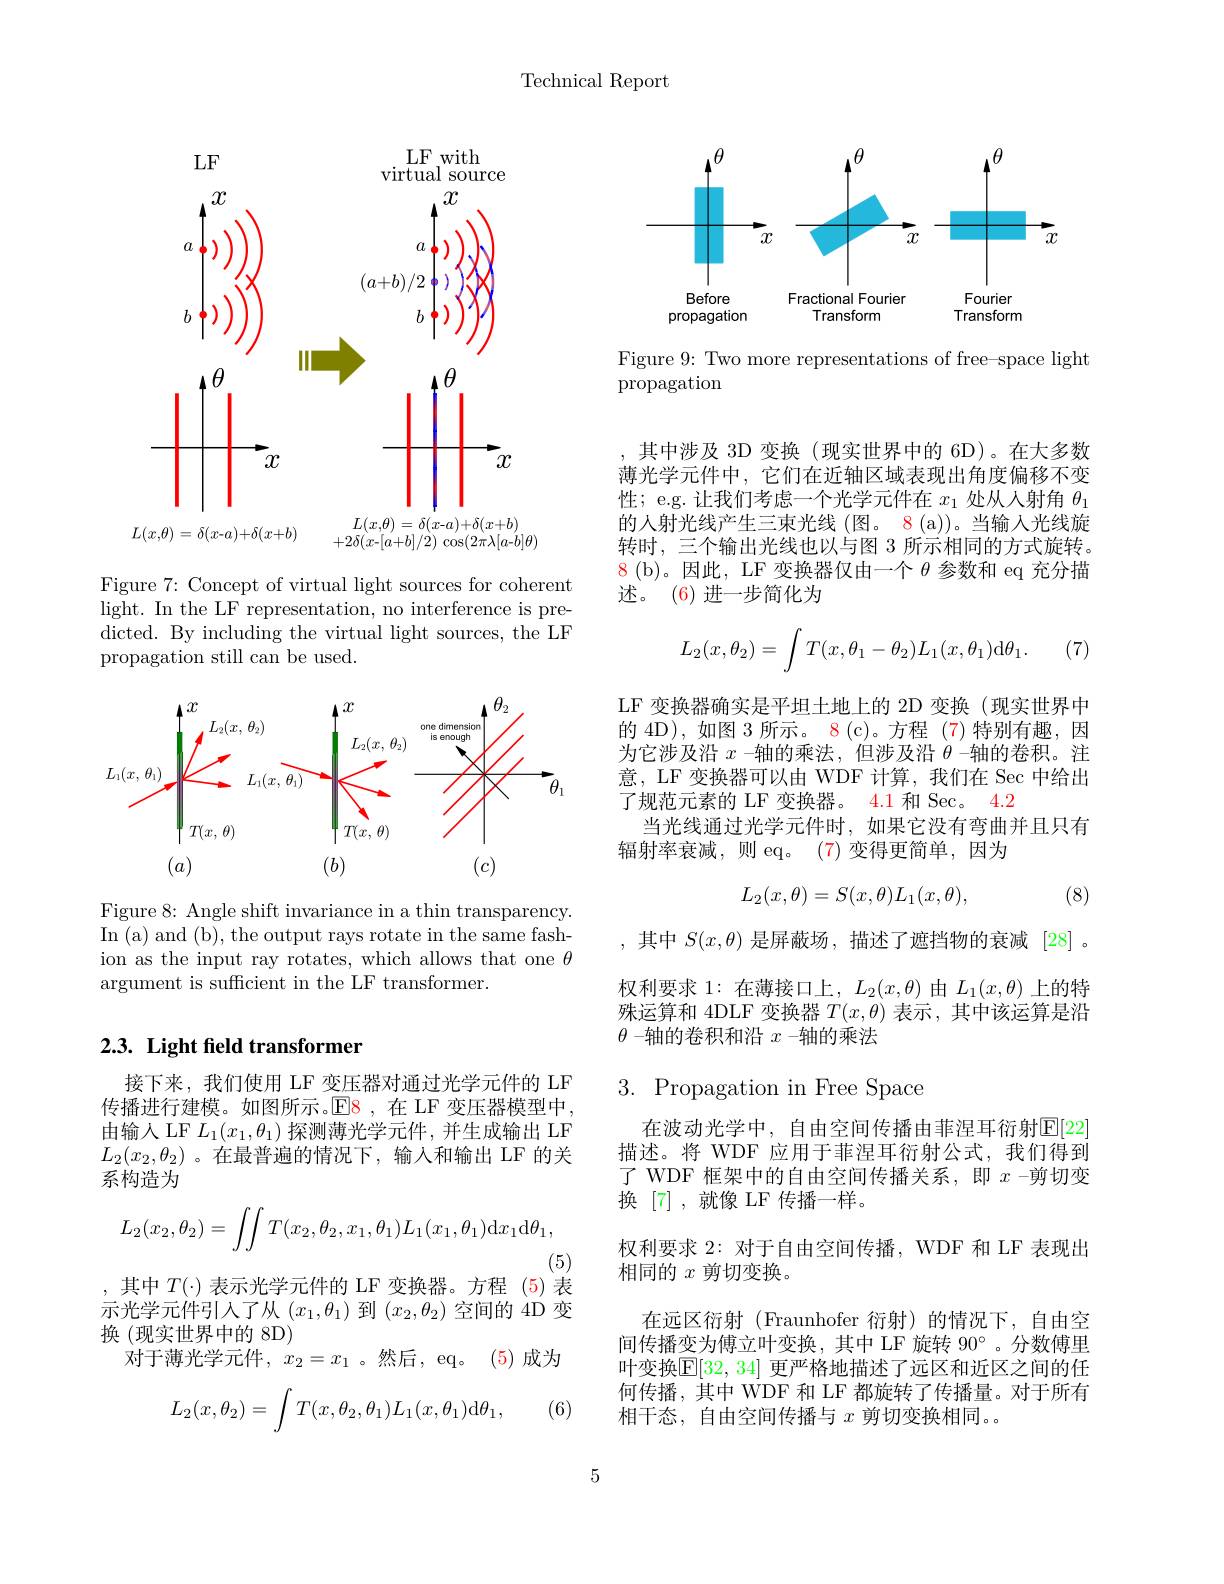
Technical Report

<FigureHere>

Figure 7: Concept of virtual light sources for coherent light. In the LF representation, no interference is predicted. By including the virtual light sources, the LF propagation still can be used.

<FigureHere>

Figure 8: Angle shift invariance in a thin transparency. In (a) and (b), the output rays rotate in the same fashion as the input ray rotates, which allows that one $\theta$ argument is sufficient in the LF transformer.

## 2.3. Light field transformer

接下来，我们使用 LF 变压器对通过光学元件的 LF 传播进行建模。如图所示。$\operatorname{E8}$,在 LF 变压器模型中由输入 LF $L_1(x_1,\theta_1)$探测薄光学元件，并生成输出 LF $L_2(x_2,\theta_2)$ 。在最普遍的情况下，输入和输出 LF 的关系构造为
$$L_2(x_2,\theta_2)=\int\int T(x_2,\theta_2,x_1,\theta_1)L_1(x_1,\theta_1)\mathrm{d}x_1\mathrm{d}\theta_1,$$
(5)

,其中 $T(\cdot)$ 表示光学元件的 LF变换器。方程(5)表

示光学元件引人了从$(x_1,\theta_1)$到$(x_2,\theta_2)$空间的 4D 变
换 (现实世界中的 8D)
对于薄光学元件，$x_2=x_1$ 。然后，eq。(5)成为
$$\begin{aligned}L_2(x,\theta_2)=\int T(x,\theta_2,\theta_1)L_1(x,\theta_1)\mathrm{d}\theta_1,\end{aligned}$$
(6)

<FigureHere>

Figure 9: Two more representations of free-space light
propagation

其中涉及 3D 变换 (现实世界中的 6D)。在大多数薄光学元件中，它们在近轴区域表现出角度偏移不变性；e.g. 让我们考虑一个光学元件在$x_1$处从人射角$\theta_{1}$ 的人射光线产生三束光线 (图。8 (a))。当输入光线旋转时，三个输出光线也以与图 3 所示相同的方式旋转。8(b)。因此，LF 变换器仅由一个$\theta$参数和 eq 充分描述。(6)进一步简化为
$$\begin{aligned}L_2(x,\theta_2)=\int T(x,\theta_1-\theta_2)L_1(x,\theta_1)\mathrm{d}\theta_1.\end{aligned}$$
(7)

LF 变换器确实是平坦土地上的 2D 变换(现实世界中的 4D),如图 3 所示。8 (c)。方程 (7)特别有趣，因为它涉及沿$x$ -轴的乘法，但涉及沿$\theta$ -轴的卷积。注意，LF 变换器可以由 WDF 计算，我们在 Sec 中给出了规范元素的 LF 变换器。4.1 和 Sec。4.2
当光线通过光学元件时，如果它没有弯曲并且只有
辐射率衰减，则 eq。(7)变得更简单，因为
$$L_2(x,\theta)=S(x,\theta)L_1(x,\theta),$$
(8)

,其中 $S(x,\theta)$ 是屏蔽场，描述了遮挡物的衰减 [28]。权利要求 1:在薄接口上，$L_2(x,\theta)$由$L_1(x,\theta)$上的特殊运算和 4DLF 变换器$T(x,\theta)$表示 ,其中该运算是沿$\theta$ -轴的卷积和沿$x$ -轴的乘法

### $3.{\mathrm{~Propagation~in~Free~Space}}$

在波动光学中，自由空间传播由菲涅耳衍射$\mathbb{E}[22]$ 描述。将 WDF 应用于菲涅耳衍射公式，我们得到了 WDF 框架中的自由空间传播关系，即 $x-$剪切变换[7],就像 LF 传播一样。
权利要求 2: 对于自由空间传播，WDF 和 LF 表现出
相同的$x$剪切变换。
在远区衍射 (Fraunhofer 衍射)的情况下，自由空间传播变为傅立叶变换，其中 LF 旋转 90°。分数傅里叶变换$\mathbb{E}[32,34]$ 更严格地描述了远区和近区之间的任何传播，其中 WDF 和 LF 都旋转了传播量。对于所有相干态，自由空间传播与$x$剪切变换相同。

5